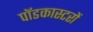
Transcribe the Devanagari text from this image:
पॉडकास्टरों